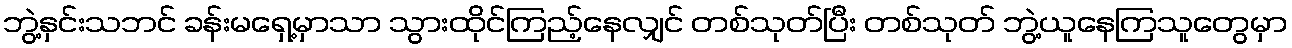
ဘွဲ့နှင်းသဘင် ခန်းမရှေ့မှာသာ သွားထိုင်ကြည့်နေလျှင် တစ်သုတ်ပြီး တစ်သုတ် ဘွဲ့ယူနေကြသူတွေမှာ